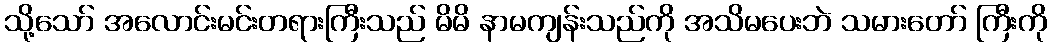
သို့သော် အလောင်းမင်းတရားကြီးသည် မိမိ နာမကျန်းသည်ကို အသိမပေးဘဲ သမားတော် ကြီးကို